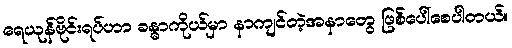
ရေယုန်ဗိုင်းရပ်ဟာ ခန္ဓာကိုယ်မှာ နာကျင်တဲ့အနာတွေ ဖြစ်ပေါ်စေပါတယ်။